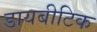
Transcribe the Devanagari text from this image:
डायबीटिक